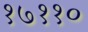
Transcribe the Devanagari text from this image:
१७११०